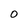
Character: 0